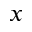
_ x